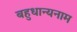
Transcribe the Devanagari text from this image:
बहुधान्यनाम